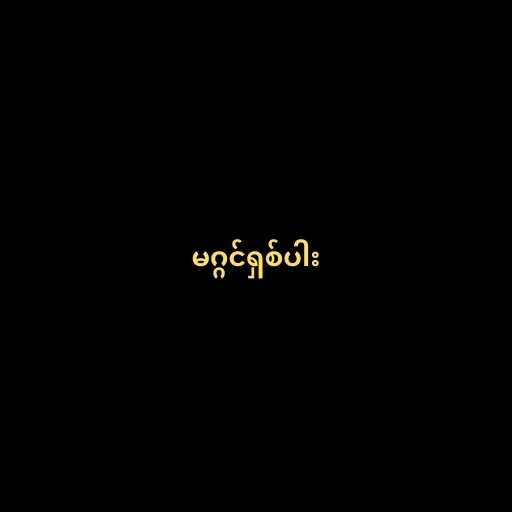
မဂ္ဂင်ရှစ်ပါး